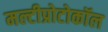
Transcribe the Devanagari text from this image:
मल्टीप्रोटोकॉल